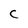
Character: C